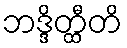
ဘဒ္ဒိတ္ထီတိ